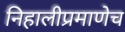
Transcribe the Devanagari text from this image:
निहालीप्रमाणेच